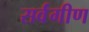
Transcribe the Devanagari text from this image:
सर्वंगीण